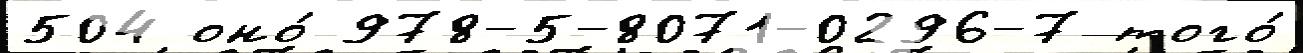
504 оно́ 978-5-8071-0296-7 того́